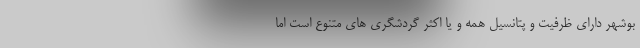
بوشهر دارای ظرفیت و پتانسیل همه و یا اکثر گردشگری­ های متنوع است اما